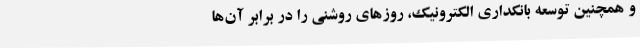
و همچنین توسعه بانکداری الکترونیک، روزهای روشنی را در برابر آن‌ها